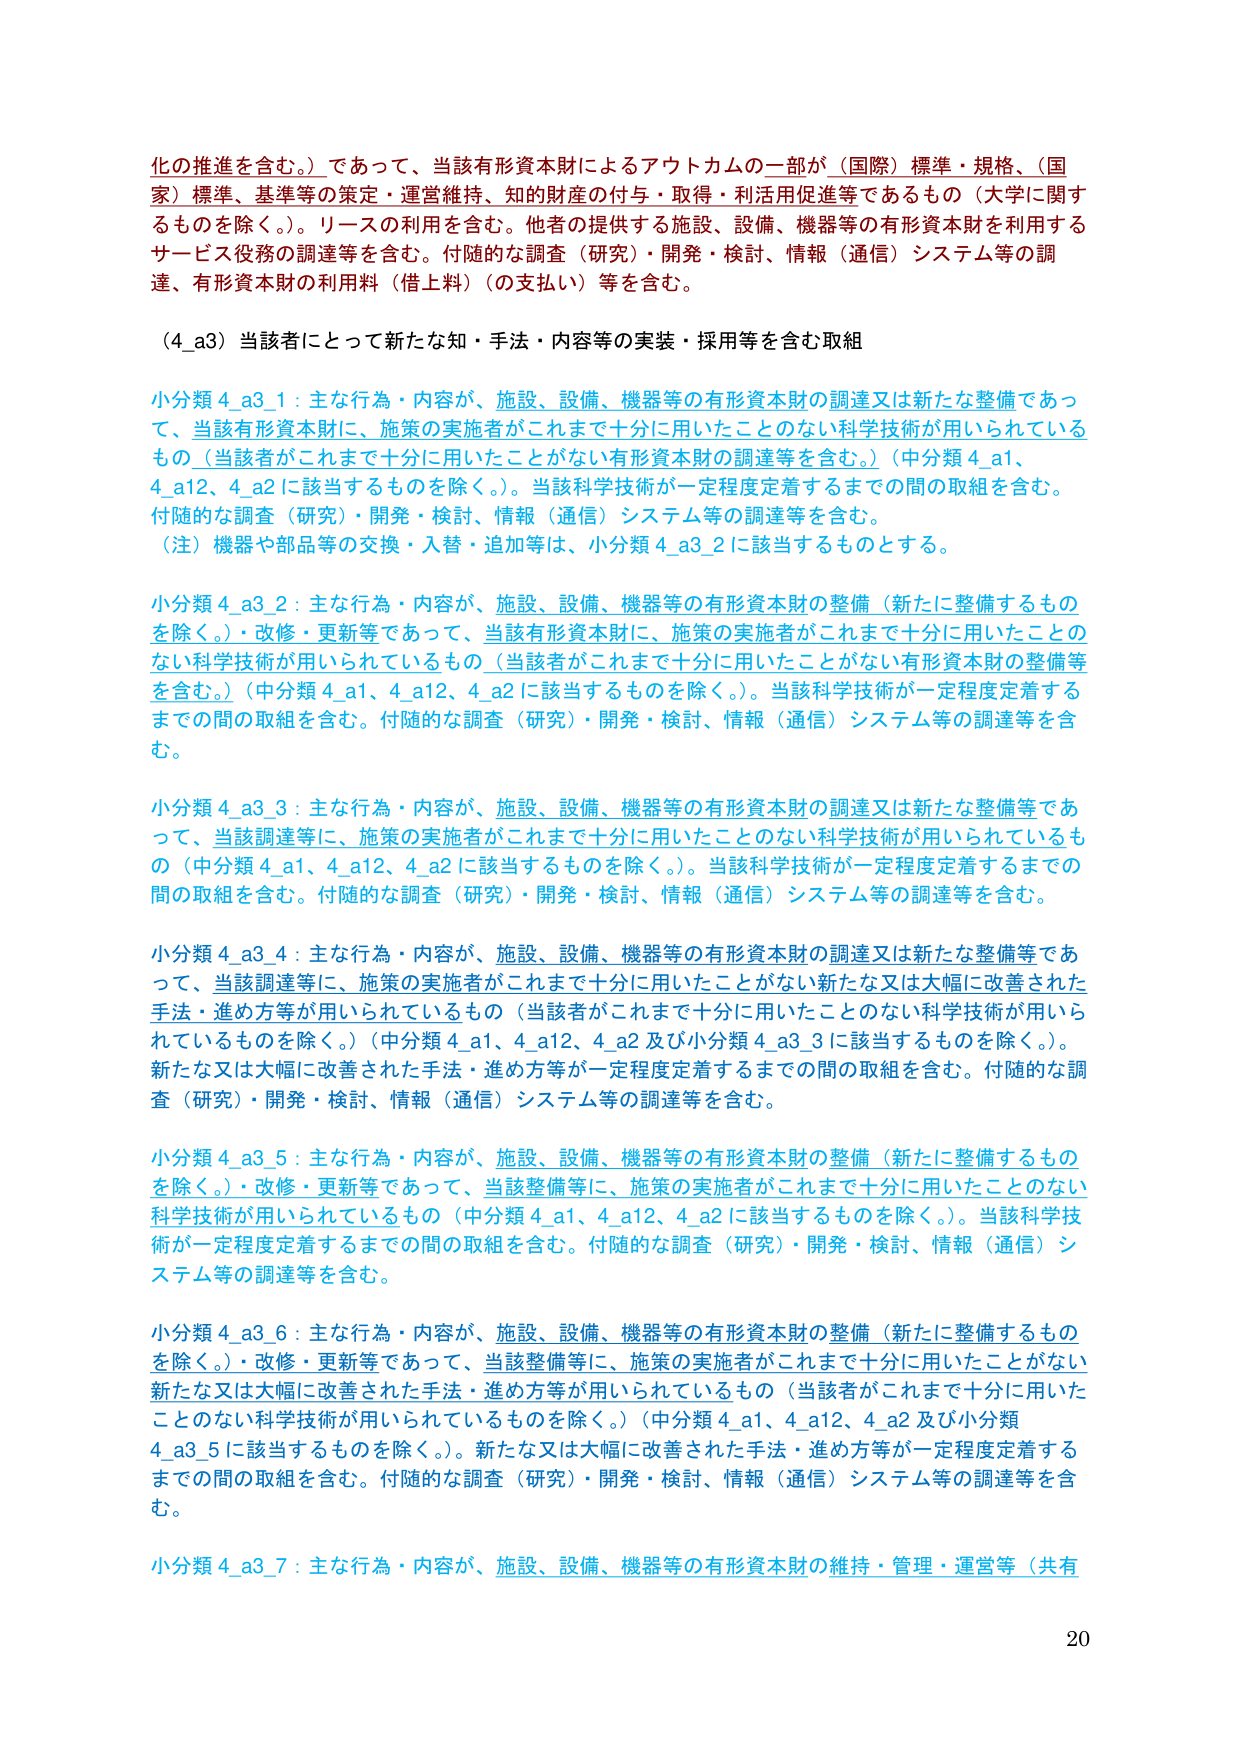
化の推進を含む。）であって、当該有形資本財によるアウトカムの一部が（国際）標準・規格、（国家）標準、基準等の策定・運営維持、知的財産の付与・取得・利活用促進等であるもの（大学に関するものを除く。）。リースの利用を含む。他者の提供する施設、設備、機器等の有形資本財を利用するサービス役務の調達等を含む。付随的な調査（研究）・開発・検討、情報（通信）システム等の調達、有形資本財の利用料（借上料）（の支払い）等を含む。

（4_a3）当該者にとって新たな知・手法・内容等の実装・採用等を含む取組

小分類 4_a3_1：主な行為・内容が、施設、設備、機器等の有形資本財の調達又は新たな整備であって、当該有形資本財に、施策の実施者がこれまで十分に用いたことのない科学技術が用いられているもの（当該者がこれまで十分に用いたことがない有形資本財の調達等を含む。）（中分類 4_a1、4_a12、4_a2 に該当するものを除く。）。当該科学技術が一定程度定着するまでの間の取組を含む。付随的な調査（研究）・開発・検討、情報（通信）システム等の調達等を含む。
（注）機器や部品等の交換・入替・追加等は、小分類 4_a3_2 に該当するものとする。

小分類 4_a3_2：主な行為・内容が、施設、設備、機器等の有形資本財の整備（新たに整備するものを除く。）・改修・更新等であって、当該有形資本財に、施策の実施者がこれまで十分に用いたことのない科学技術が用いられているもの（当該者がこれまで十分に用いたことがない有形資本財の整備等を含む。）（中分類 4_a1、4_a12、4_a2 に該当するものを除く。）。当該科学技術が一定程度定着するまでの間の取組を含む。付随的な調査（研究）・開発・検討、情報（通信）システム等の調達等を含む。

小分類 4_a3_3：主な行為・内容が、施設、設備、機器等の有形資本財の調達又は新たな整備等であって、当該調達等に、施策の実施者がこれまで十分に用いたことのない科学技術が用いられているもの（中分類 4_a1、4_a12、4_a2 に該当するものを除く。）。当該科学技術が一定程度定着するまでの間の取組を含む。付随的な調査（研究）・開発・検討、情報（通信）システム等の調達等を含む。

小分類 4_a3_4：主な行為・内容が、施設、設備、機器等の有形資本財の調達又は新たな整備等であって、当該調達等に、施策の実施者がこれまで十分に用いたことがない新たな又は大幅に改善された手法・進め方等が用いられているもの（当該者がこれまで十分に用いたことのない科学技術が用いられているものを除く。）（中分類 4_a1、4_a12、4_a2 及び小分類 4_a3_3 に該当するものを除く。）。新たな又は大幅に改善された手法・進め方等が一定程度定着するまでの間の取組を含む。付随的な調査（研究）・開発・検討、情報（通信）システム等の調達等を含む。

小分類 4_a3_5：主な行為・内容が、施設、設備、機器等の有形資本財の整備（新たに整備するものを除く。）・改修・更新等であって、当該整備等に、施策の実施者がこれまで十分に用いたことのない科学技術が用いられているもの（中分類 4_a1、4_a12、4_a2 に該当するものを除く。）。当該科学技術が一定程度定着するまでの間の取組を含む。付随的な調査（研究）・開発・検討、情報（通信）システム等の調達等を含む。

小分類 4_a3_6：主な行為・内容が、施設、設備、機器等の有形資本財の整備（新たに整備するものを除く。）・改修・更新等であって、当該整備等に、施策の実施者がこれまで十分に用いたことがない新たな又は大幅に改善された手法・進め方等が用いられているもの（当該者がこれまで十分に用いたことのない科学技術が用いられているものを除く。）（中分類 4_a1、4_a12、4_a2 及び小分類 4_a3_5 に該当するものを除く。）。新たな又は大幅に改善された手法・進め方等が一定程度定着するまでの間の取組を含む。付随的な調査（研究）・開発・検討、情報（通信）システム等の調達等を含む。

小分類 4_a3_7：主な行為・内容が、施設、設備、機器等の有形資本財の維持・管理・運営等（共有

20